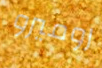
روميرو